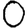
Digit: 0